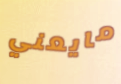
مايعني